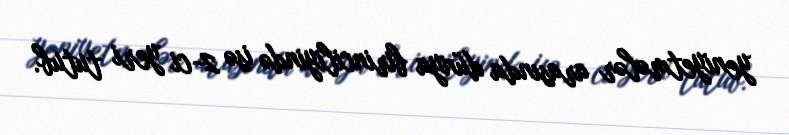
yeniyetmələr arasında dünya birinciliyində isə 2-ci yeri tutub.